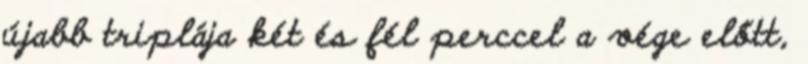
újabb triplája két és fél perccel a vége előtt,